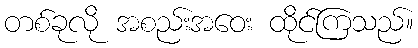
တစ်ခုလို အစည်းအဝေး ထိုင်ကြသည်။